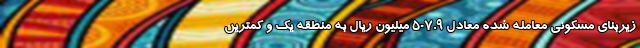
زیربنای مسکونی معامله شده معادل 507.9 میلیون ریال به منطقه یک و کمترین